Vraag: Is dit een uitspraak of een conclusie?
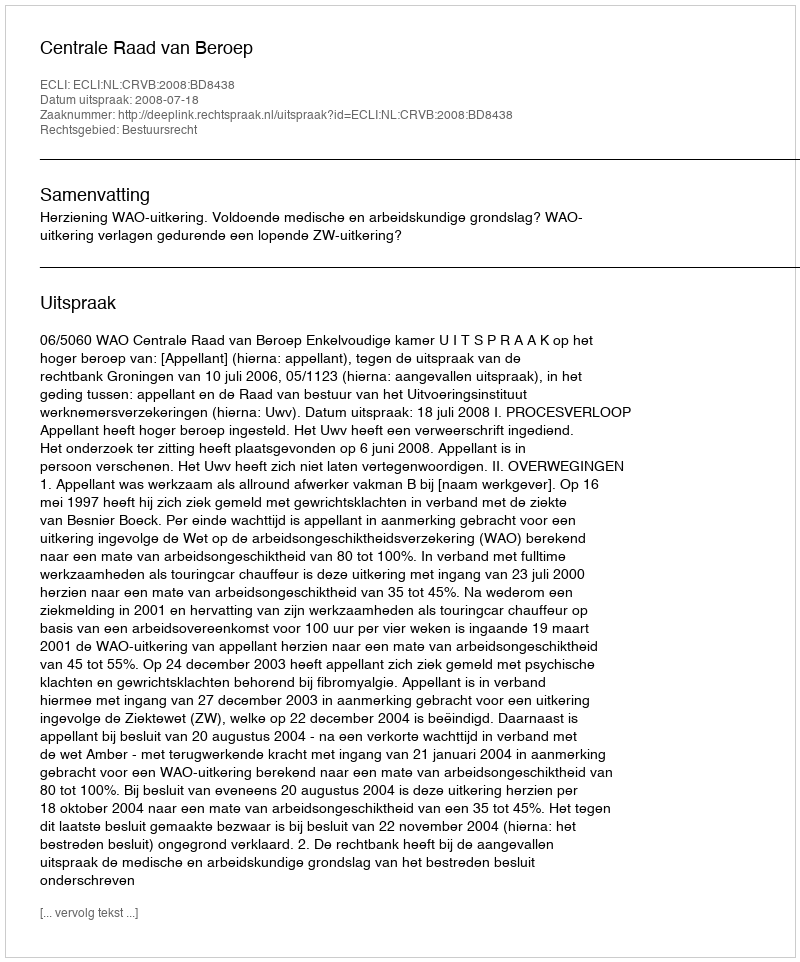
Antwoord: Uitspraak